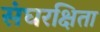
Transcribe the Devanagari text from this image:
संघरक्षिता